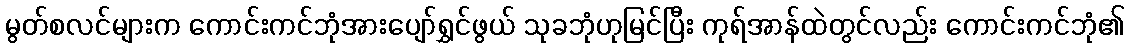
မွတ်စလင်များက ကောင်းကင်ဘုံအားပျော်ရွှင်ဖွယ် သုခဘုံဟုမြင်ပြီး ကုရ်အာန်ထဲတွင်လည်း ကောင်းကင်ဘုံ၏